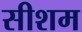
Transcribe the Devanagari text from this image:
सीशम